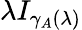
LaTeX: \lambda I_{\gamma_{A}(\lambda)}